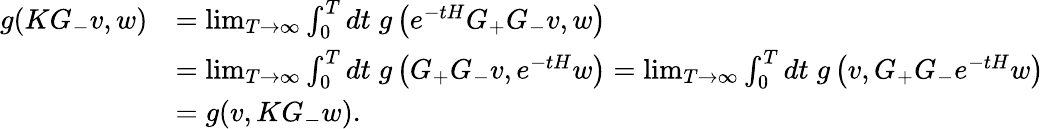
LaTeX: \begin{array}{rl}{g(KG_{-}v,w)}&{=\operatorname*{lim}_{T\to\infty}\int_{0}^{T}dt\; g\left(e^{-tH}G_{+}G_{-}v,w\right)}\\ &{=\operatorname*{lim}_{T\to\infty}\int_{0}^{T}dt\; g\left(G_{+}G_{-}v,e^{-tH}w\right)=\operatorname*{lim}_{T\to\infty}\int_{0}^{T}dt\; g\left(v,G_{+}G_{-}e^{-tH}w\right)}\\ &{=g(v,KG_{-}w).}\end{array}